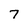
Character: 7